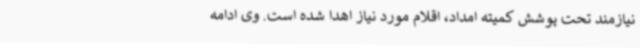
نیازمند تحت پوشش کمیته امداد، اقلام مورد نیاز اهدا شده است. وی ادامه